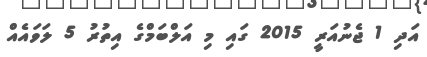
އަދި 1 ޖެނުއަރީ 2015 ގައި މި އަލްބަމްގެ އިތުރު 5 ލަވައެއް